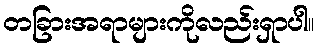
တခြားအရာများကိုလည်းရှာပါ။